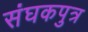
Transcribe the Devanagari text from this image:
संघकपुत्र